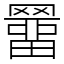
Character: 羀